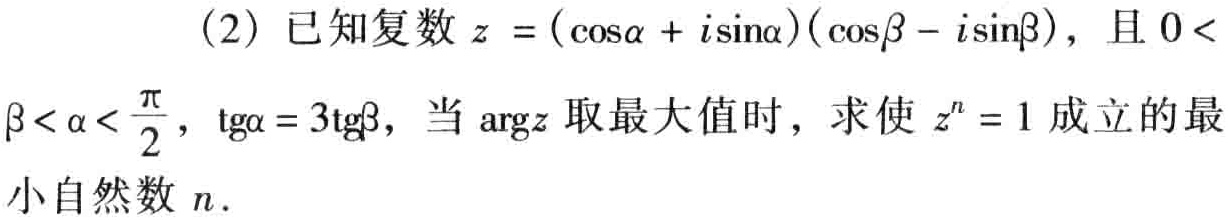
(2) 已知复数\(z = (\cos\alpha + i\sin\alpha)(\cos\beta - i\sin\beta)\)，且\(0 < \beta < \alpha < \frac{\pi}{2}\)，\(\tg\alpha = 3\tg\beta\)，当\(\text{arg}z\)取最大值时，求使\(z^{n} = 1\)成立的最小自然数\(n\).